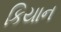
કિયાન